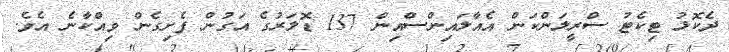
ދެކޮޅު ޓިކެޓު ސްރީލަންކަން އެއާލައިންސްއިން 137 ޑޮލަރުގެ އަގުން ފެށިގެން ވިއްކާނެ އެވެ.